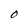
Character: O